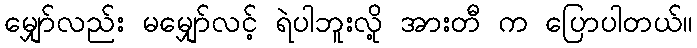
မျှော်လည်း မမျှော်လင့် ရဲပါဘူးလို့ အားတီ က ပြောပါတယ်။